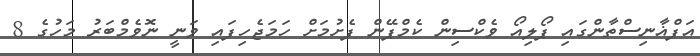
އަފްޣާނިސްތާންގައި ޕޯލިއޯ ވެކްސިން ކެމްޕޭން ފެށުމަށް ހަމަޖެހިފައި ވަނީ ނޮވެމްބަރު މަހުގެ 8